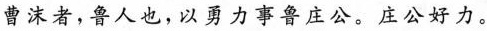
曹沫者，鲁人也，以勇力事鲁庄公。庄公好力。